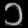
Digit: ၁